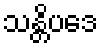
သန္တိပဒေ